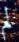
لم